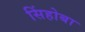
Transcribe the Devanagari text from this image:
सिंहोबा